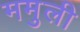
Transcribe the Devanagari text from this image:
ममुली